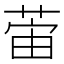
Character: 𫈛